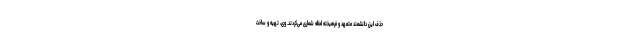
حذف این دانشمند متعهد و فرهیخته لحظه شماری می‌کردند. وی، تهیه و ساخت